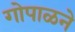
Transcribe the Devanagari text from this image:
गोपाळने